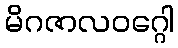
မိဂဇာလဝဂ္ဂေါ